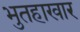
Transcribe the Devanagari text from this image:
भुतहाखार